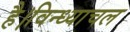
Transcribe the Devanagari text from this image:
है।विन्ध्याचल